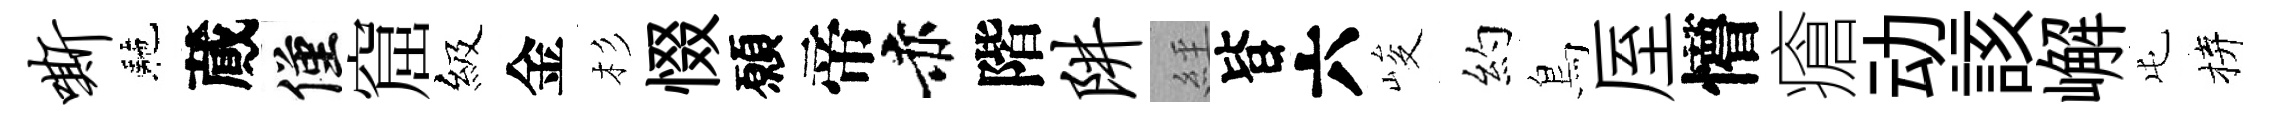
嘶駰蕆僅窟級金杉惙願帝赤階阱𦀇𣅜六峻約鳥厔懵瘡动該嶰屯拚